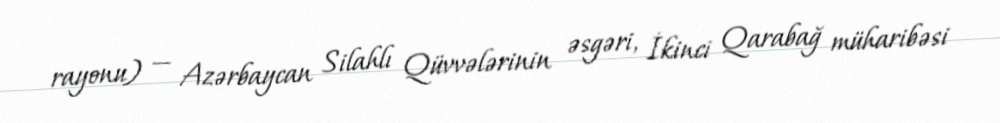
rayonu) — Azərbaycan Silahlı Qüvvələrinin əsgəri, İkinci Qarabağ müharibəsi